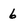
Character: 6